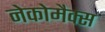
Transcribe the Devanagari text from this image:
नेकोमैक्स